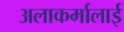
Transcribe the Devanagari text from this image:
अलाकर्मालाई